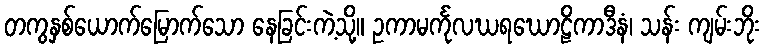
တကွနှစ်ယောက်မြောက်သော နေခြင်းကဲ့သို့။ ဥကာမင်္ကုလဃရဃောဠိကာဒီနံ၊ သန်း ကျမ်းဘိုး